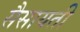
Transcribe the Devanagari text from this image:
सैसायती